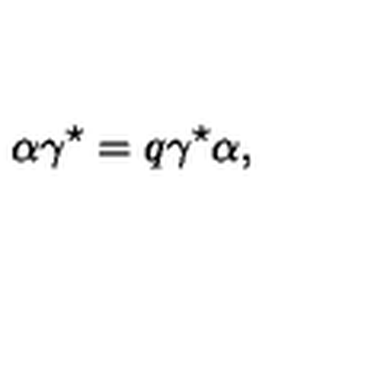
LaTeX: \alpha \gamma ^ { \star } = q \gamma ^ { \star } \alpha ,